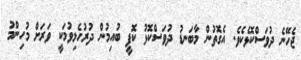
ޖެހޭނެ ދުވަސްކޮޅެކެވެ. އެގޮތުން މާބަނޑު ދުވަސްކޮޅު ކޮފީ ބުއިމުން ދުރުހެލިވުމަކީ ވަރަށް މުހިންމު